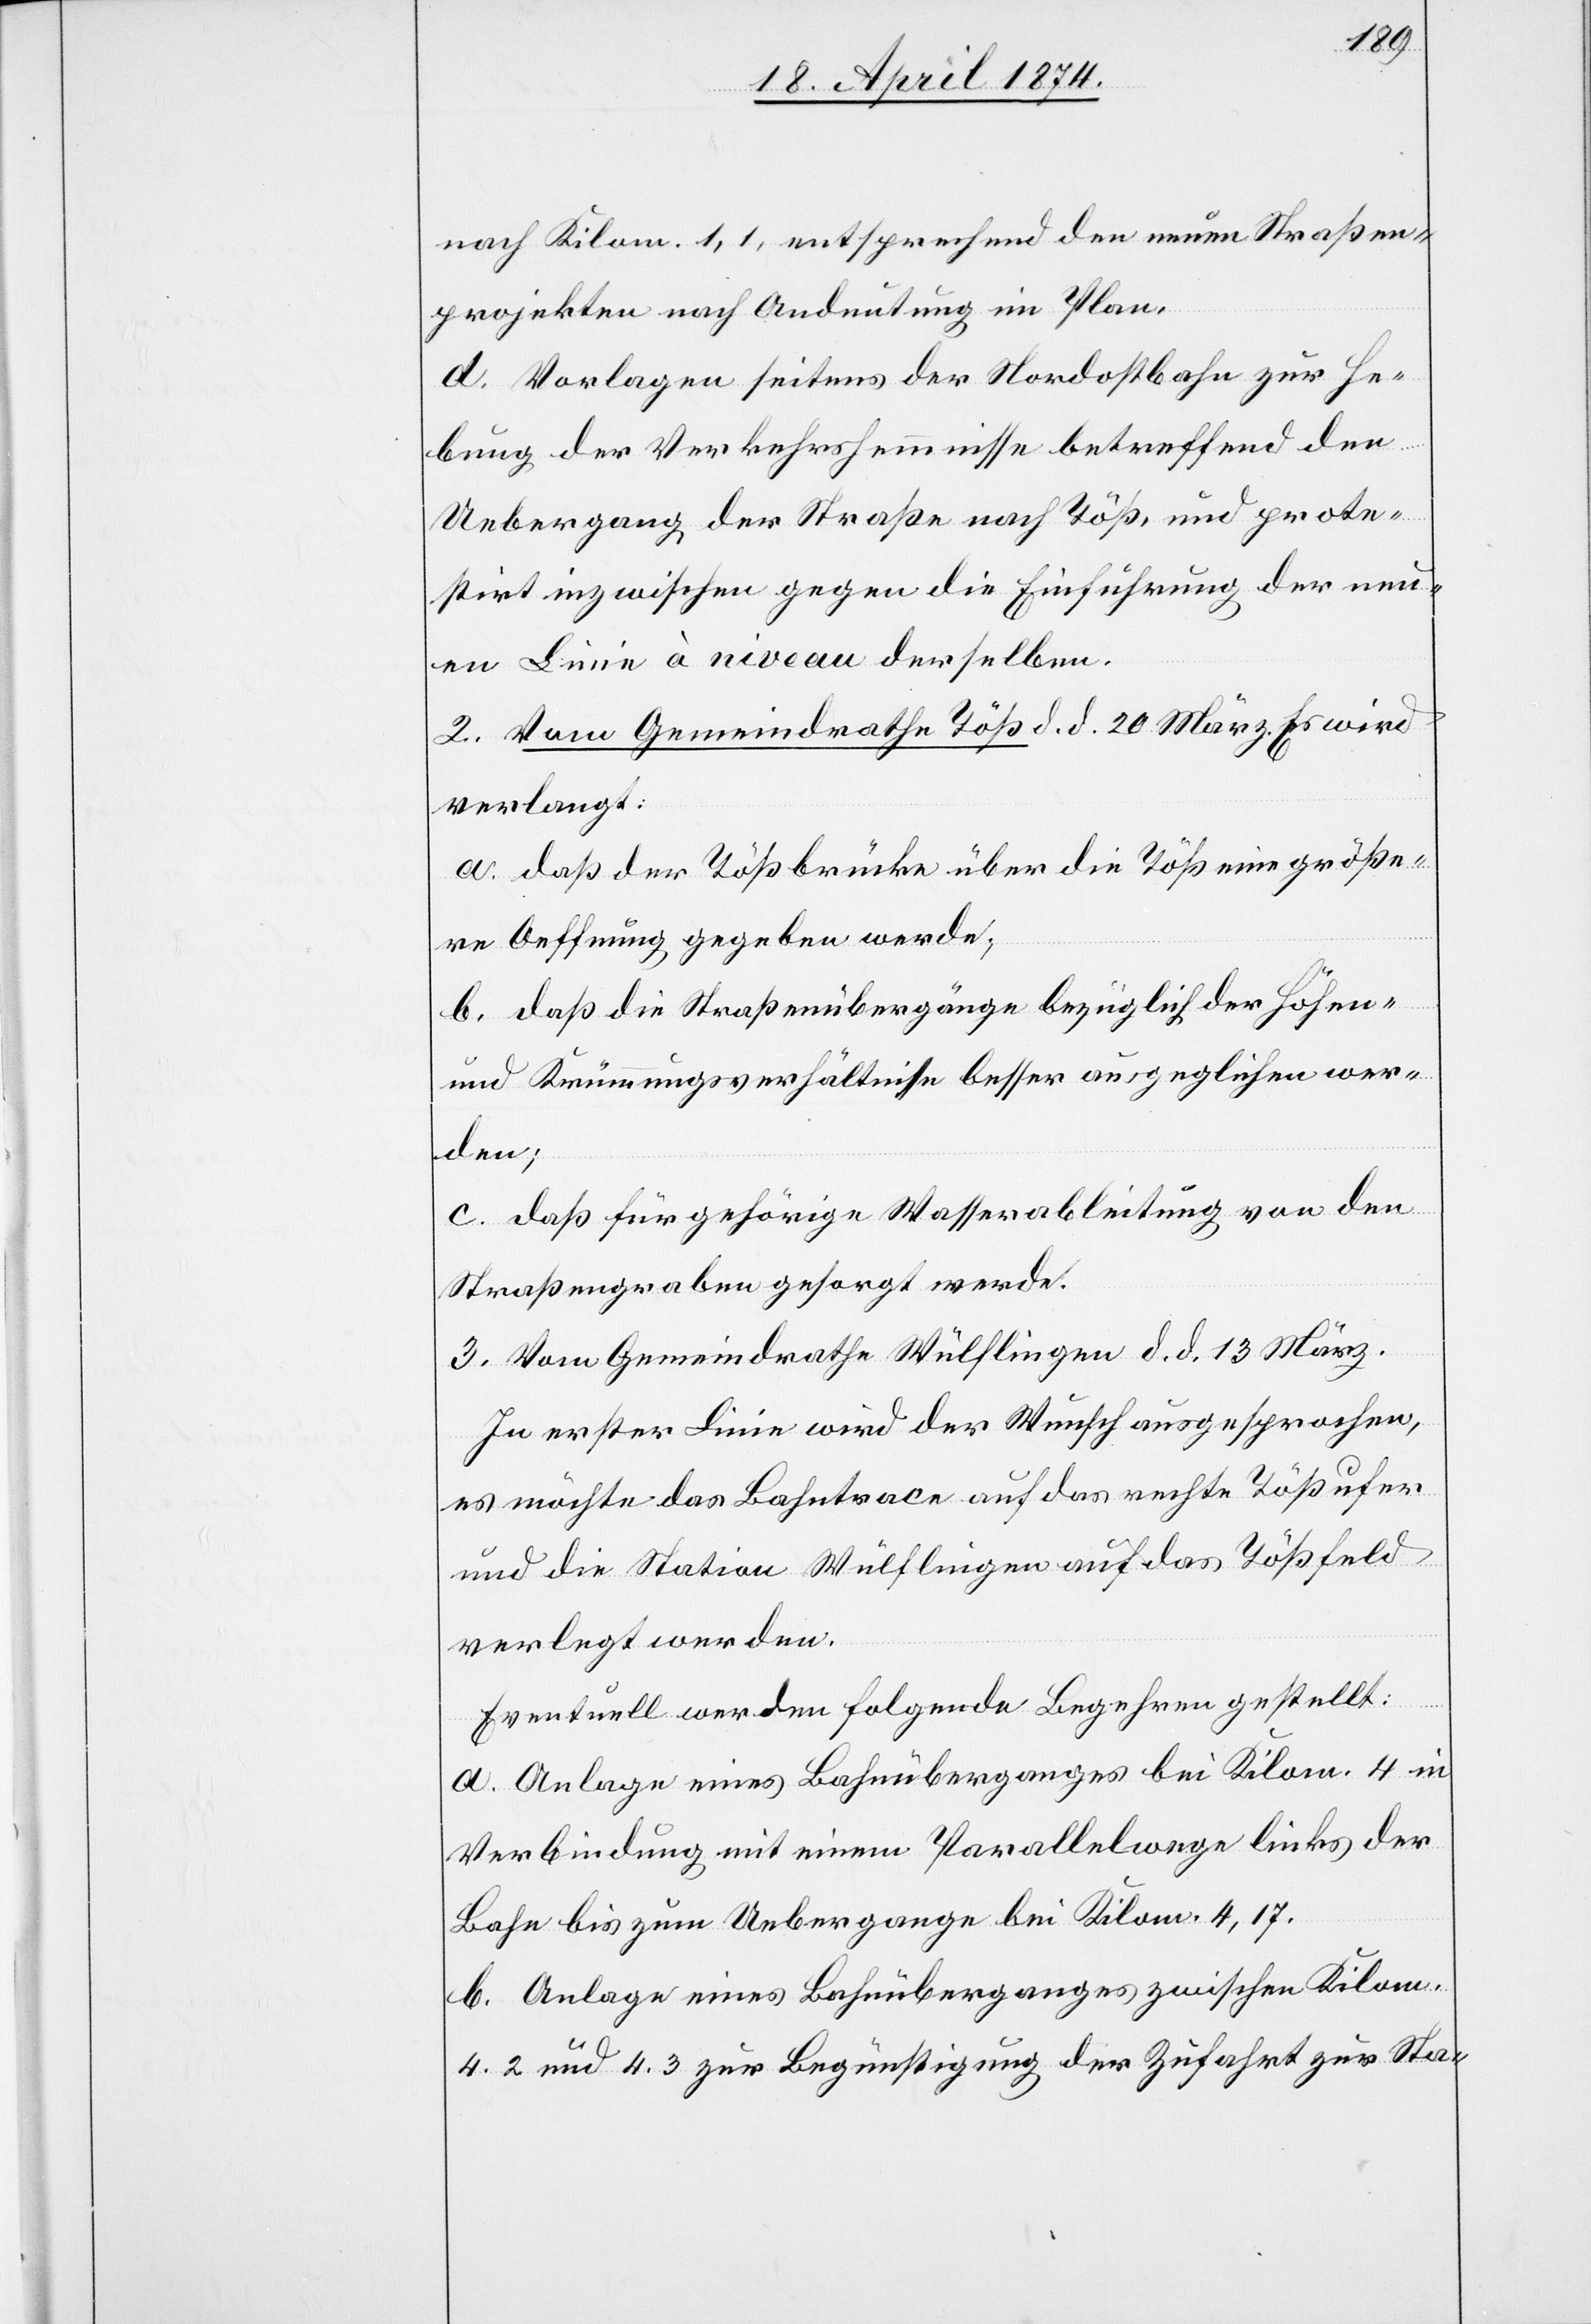
nach Kilom. 1,1, entsprechend den neuen Straßen¬
projekten nach Andeutung im Plan.
d. Vorlagen seitens der Nordostbahn zur He¬
bung der Verkehrshemmnisse betreffend den
Uebergang der Straße nach Töß, und prote¬
stirt inzwischen gegen die Einführung der neu¬
en Linie à niveau derselben.
2. Vom Gemeindrathe Töß d. d. 20. März. Es wird
verlangt:
a. daß der Tößbrücke über die Töß eine größe¬
re Oeffnung gegeben werde;
b. daß die Straßenübergänge bezüglich der Höhen-
und Krümmungsverhältnisse besser ausgeglichen wer¬
den:
c. daß für gehörige Wasserableitung von den
Straßengräben gesorgt werde.
3. Vom Gemeindrathe Wülflingen d. d. 13. März.
In erster Linie wird der Wunsch ausgesprochen,
es möchte das Bahntrace auf das rechte Tößufer
und die Station Wülflingen auf das Tößfeld
verlegt werden.
Eventuell werden folgende Begehren gestellt:
a. Anlage eines Bahnüberganges bei Kilom. 4 in
Verbindung mit einem Parallelwege links der
Bahn bis zum Uebergange bei Kilom. 4,17.
b. Anlage eines Bahnüberganges zwischen Kilom.
4.2 und 4.3 zur Begünstigung der Zufahrt zur Sta-